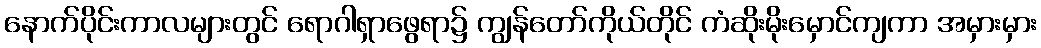
နောက်ပိုင်းကာလများတွင် ရောဂါရှာဖွေရာ၌ ကျွန်တော်ကိုယ်တိုင် ကံဆိုးမိုးမှောင်ကျကာ အမှားမှား